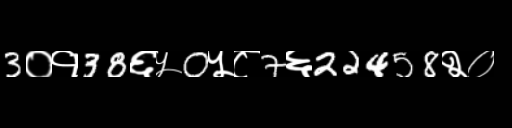
Text: 3०१38६५0५८7६22458२०